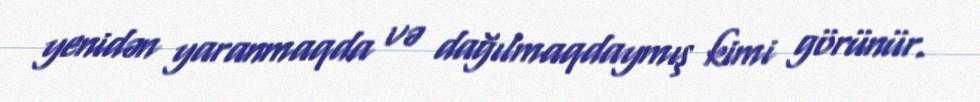
yenidən yaranmaqda və dağılmaqdaymış kimi görünür.